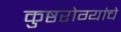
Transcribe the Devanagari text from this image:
कुष्ठरोग्यांचे